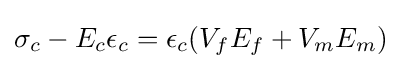
\sigma _{c}-E_{c}\epsilon _{c}=\epsilon _{c}(V_{f}E_{f}+V_{m}E_{m})